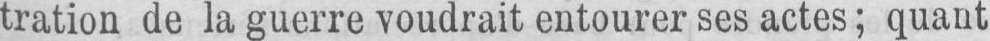
tration de la guerre voudrait entourer ses actes; quant